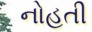
નોહતી